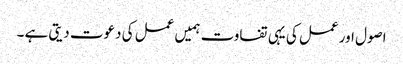
اصول اور عمل کی یہی تفاوت ہمیں عمل کی دعوت دیتی ہے ۔